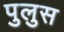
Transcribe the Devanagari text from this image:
पुलुस